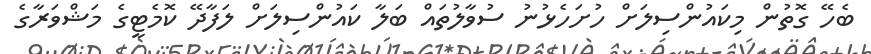
ބެހޭ ގޮތުން މިކައުންސިލަށް ހުށަހެޅުނު ސުވާލުތައް ބަލާ ކައުންސިލަށް ލަފާދޭ ކޮމެޓީގެ މަޝްވަރާގެ